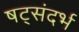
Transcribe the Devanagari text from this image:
षट्संदर्भ